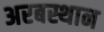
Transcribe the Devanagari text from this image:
अरबस्थान